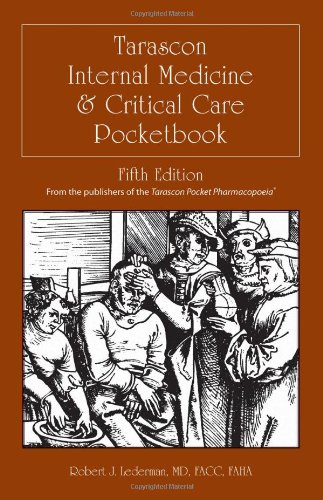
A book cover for Tarascon Internal Medicine & Critical Care Pocketbook; Robert J. Lederman; Reference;